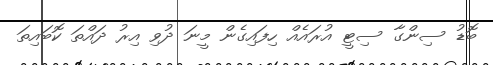
ބޮޑު ސިންގާ ސިޓީ އުރައެއް ހިފައިގެން މީނަ ދުވި އިރު ދައްތަ ކޮބައިތަ